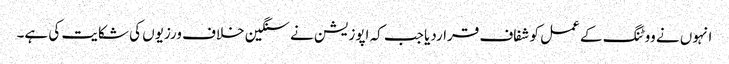
انہوں نے ووٹنگ کے عمل کو شفاف قراردیا جب کہ اپوزیشن نے سنگین خلاف ورزیوں کی شکایت کی ہے۔